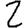
Digit: 2